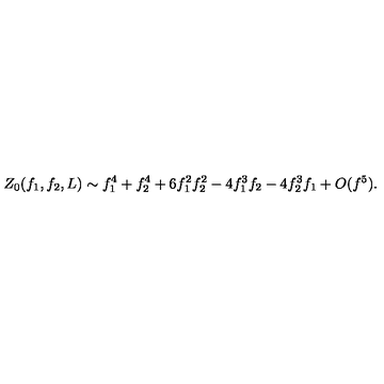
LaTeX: Z _ { 0 } ( f _ { 1 } , f _ { 2 } , L ) \sim f _ { 1 } ^ { 4 } + f _ { 2 } ^ { 4 } + 6 f _ { 1 } ^ { 2 } f _ { 2 } ^ { 2 } - 4 f _ { 1 } ^ { 3 } f _ { 2 } - 4 f _ { 2 } ^ { 3 } f _ { 1 } + O ( f ^ { 5 } ) .